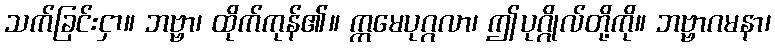
သက်ခြင်းငှာ။ ဘဗ္ဗာ၊ ထိုက်ကုန်၏။ ဣမေပုဂ္ဂလာ၊ ဤပုဂ္ဂိုလ်တို့ကို။ ဘဗ္ဗာဂမနာ၊